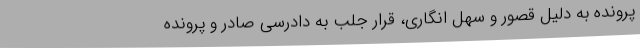
پرونده به دلیل قصور و سهل انگاری، قرار جلب به دادرسی صادر و پرونده